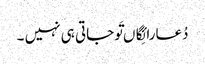
دُعارائِگاں تَوجاتی ہی نہیں ۔